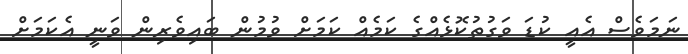
ނަމަވެސް އެއީ ކުޑަ ވަގުތުކޮޅެއްގެ ކަމެއް ކަމަށް ވުމުން ބައިވެރިން ވަނީ އެކަމަށް